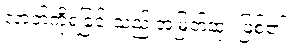
လာဘ်ကိုရခြင်းသည် အမြတ်ဆုံး ဖြစ်၏။